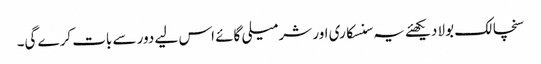
سنچالک بولا دیکھئے یہ سنسکاری اور شرمیلی گائے اس لیے دور سے بات کرے گی۔